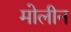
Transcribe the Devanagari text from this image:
मोलीन